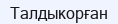
Талдыкорған